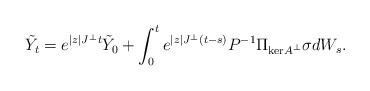
LaTeX: \begin{align*}\tilde{Y}_t = e^{|z|J^\perp t}\tilde{Y}_0 + \int_0^t e^{|z|J^\perp(t-s)}P^{-1} \Pi_{\mathrm{ker}A^\perp}\sigma dW_s.\end{align*}